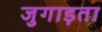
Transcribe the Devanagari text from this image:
जुगाड़ता